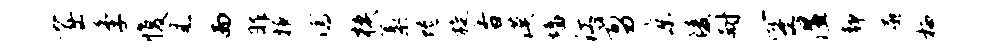
窟季愎风而昨掖濡模藁蜷旋香漠墙江剪京陵耐空湿静廓栖